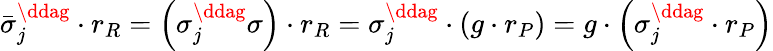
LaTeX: \bar{\sigma}_{j}^{\ddag}\cdot r_{R}=\left(\sigma_{j}^{\ddag}\sigma\right)\cdot r_{R}=\sigma_{j}^{\ddag}\cdot\left(g\cdot r_{P}\right)=g\cdot\left(\sigma_{j}^{\ddag}\cdot r_{P}\right)